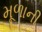
મૂળાની